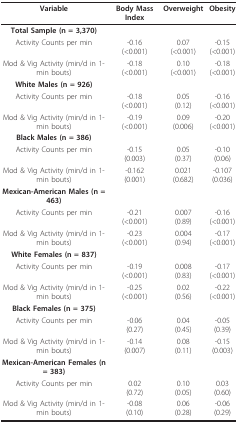
<table><thead><tr><td><b>Variable</b></td><td><b>Body Mass Index</b></td><td><b>Overweight</b></td><td><b>Obesity</b></td></tr></thead><tbody><tr><td><b>Total Sample (n = 3,370)</b></td><td></td><td></td><td></td></tr><tr><td>Activity Counts per min</td><td>-0.16(&lt;0.001)</td><td>0.07(&lt;0.001)</td><td>-0.15(&lt;0.001)</td></tr><tr><td>Mod &amp; Vig Activity (min/d in 1-min bouts)</td><td>-0.18(&lt;0.001)</td><td>0.10(&lt;0.001)</td><td>-0.18(&lt;0.001)</td></tr><tr><td><b>White Males (n = 926)</b></td><td></td><td></td><td></td></tr><tr><td>Activity Counts per min</td><td>-0.18(&lt;0.001)</td><td>0.05(0.12)</td><td>-0.16(&lt;0.001)</td></tr><tr><td>Mod &amp; Vig Activity (min/d in 1-min bouts)</td><td>-0.19(&lt;0.001)</td><td>0.09(0.006)</td><td>-0.20(&lt;0.001)</td></tr><tr><td><b>Black Males (n = 386)</b></td><td></td><td></td><td></td></tr><tr><td>Activity Counts per min</td><td>-0.15(0.003)</td><td>0.05(0.37)</td><td>-0.10(0.06)</td></tr><tr><td>Mod &amp; Vig Activity (min/d in 1-min bouts)</td><td>-0.162(0.001)</td><td>0.021(0.682)</td><td>-0.107(0.036)</td></tr><tr><td><b>Mexican-American Males (n = 463)</b></td><td></td><td></td><td></td></tr><tr><td>Activity Counts per min</td><td>-0.21(&lt;0.001)</td><td>0.007(0.89)</td><td>-0.16(&lt;0.001)</td></tr><tr><td>Mod &amp; Vig Activity (min/d in 1-min bouts)</td><td>-0.23(&lt;0.001)</td><td>0.004(0.94)</td><td>-0.17(&lt;0.001)</td></tr><tr><td><b>White Females (n = 837)</b></td><td></td><td></td><td></td></tr><tr><td>Activity Counts per min</td><td>-0.19(&lt;0.001)</td><td>0.008(0.83)</td><td>-0.17(&lt;0.001)</td></tr><tr><td>Mod &amp; Vig Activity (min/d in 1-min bouts)</td><td>-0.25(&lt;0.001)</td><td>0.02(0.56)</td><td>-0.22(&lt;0.001)</td></tr><tr><td><b>Black Females (n = 375)</b></td><td></td><td></td><td></td></tr><tr><td>Activity Counts per min</td><td>-0.06(0.27)</td><td>0.04(0.45)</td><td>-0.05(0.39)</td></tr><tr><td>Mod &amp; Vig Activity (min/d in 1-min bouts)</td><td>-0.14(0.007)</td><td>0.08(0.11)</td><td>-0.15(0.003)</td></tr><tr><td><b>Mexican-American Females (n = 383)</b></td><td></td><td></td><td></td></tr><tr><td>Activity Counts per min</td><td>0.02(0.72)</td><td>0.10(0.05)</td><td>0.03(0.60)</td></tr><tr><td>Mod &amp; Vig Activity (min/d in 1-min bouts)</td><td>-0.08(0.10)</td><td>0.06(0.28)</td><td>-0.06(0.29)</td></tr></tbody></table>